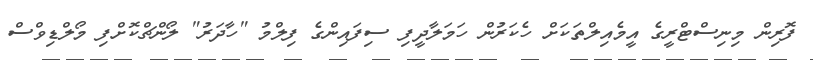
ފޮރިން މިނިސްޓްރީގެ އީމެއިލްތަކަށް ހެކަރުން ހަމަލާދީފި ސިފައިންގެ ފިލްމު "ހާދަރު" ލޯންޗްކޮށްފި މޯލްޑިވްސް